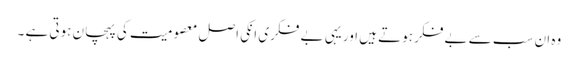
وہ ان سب سے بے فکر ہوتے ہیں اور یہی بے فکری انکی اصل معصومیت کی پہچان ہوتی ہے ۔